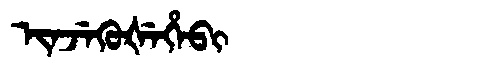
Manchu: ᡳᠨᠵᡝᡴᡠᡧᡝᡥᡝᠪᡳ
Romanization: INJEKUŠEHEBI